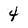
Character: 4